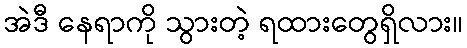
အဲဒီ နေရာကို သွားတဲ့ ရထားတွေရှိလား။